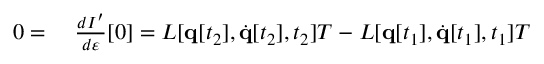
\begin{array} { r l } { 0 = { } } & { { } { \frac { d I ^ { \prime } } { d \varepsilon } } [ 0 ] = L [ \mathbf { q } [ t _ { 2 } ] , { \dot { \mathbf { q } } } [ t _ { 2 } ] , t _ { 2 } ] T - L [ \mathbf { q } [ t _ { 1 } ] , { \dot { \mathbf { q } } } [ t _ { 1 } ] , t _ { 1 } ] T } \end{array}